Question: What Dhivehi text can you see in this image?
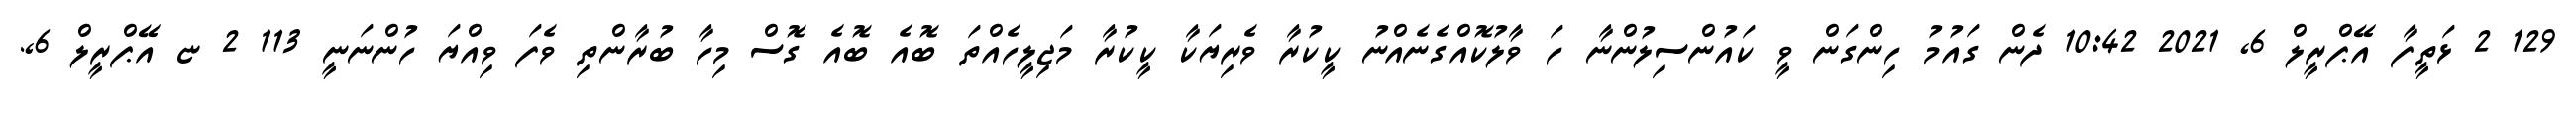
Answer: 129 2 ޅަތީފާ އޭޕްރީލް 6, 2021 10:42 ދެން ގައުމު ހިންގަން ވީ ކައުންސިލުންނާ ހަ ވާލުކޮއްގެނެއްނު ކީކުރާ ވެރިޔަކާ ކީކުރާ މަޖިލީހެއްތަ ބޮއެ ބޮއެ ގޮސް މިހާ ބުރާންތި ވެފަ ވިއްޔަ ހުންނަނީ 113 2 ޏ އޭޕްރީލް 6,.